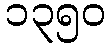
၁၃၅၀